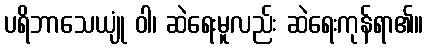
ပရိဘာသေယျုံ ဝါ၊ ဆဲရေးမူလည်း ဆဲရေးကုန်ရာ၏။